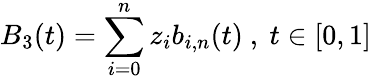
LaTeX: B_{3}(t)=\sum_{i=0}^{n}z_{i}b_{i,n}(t){\mathrm{~,~}}t\in[0,1]